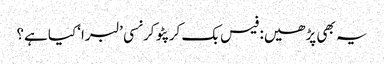
یہ بھی پڑھیں: فیس بک کرپٹو کرنسی ’لبرا‘ کیا ہے؟